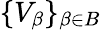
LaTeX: \{ V_{\beta}\} _{\beta\in B}